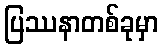
ပြဿနာတစ်ခုမှာ